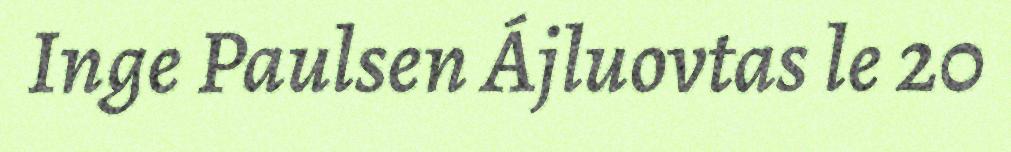
Inge Paulsen Ájluovtas le 20